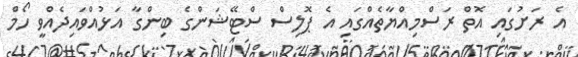
އެ ރަށުގައި އޮތް ރަސްމިއްޔާތެއްގައި އެ ޕޮލިސް ސްޓޭޝަންގެ ބިންގާ އަޅުއްވައިދެއްވީ ހޯމް